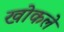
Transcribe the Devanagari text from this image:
खोकले